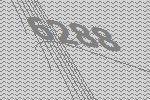
6288